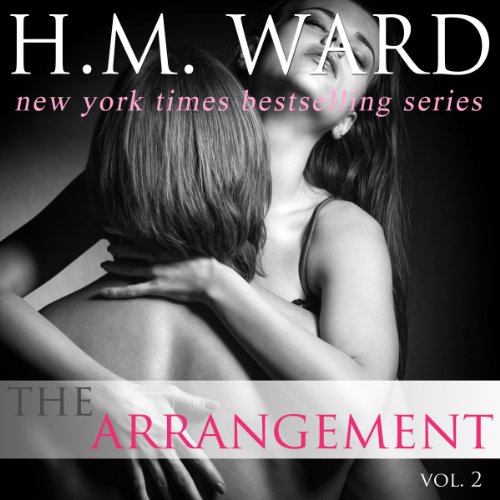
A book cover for The Arrangement, Volume 2; H. M. Ward; Romance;